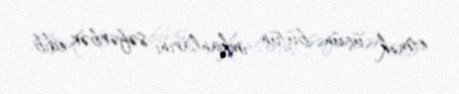
etmək üçün bütün imkanlarını səfərbər edib.